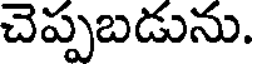
చెప్పబడును.